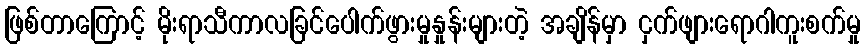
ဖြစ်တာကြောင့် မိုးရာသီကာလခြင်ပေါက်ဖွားမှုနှုန်းများတဲ့ အချိန်မှာ ငှက်ဖျားရောဂါကူးစက်မှု